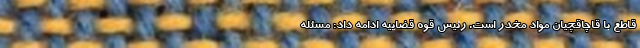
قاطع با قاچاقچیان مواد مخدر است. رئیس قوه قضاییه ادامه داد: مسئله